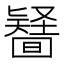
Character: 𠤪